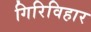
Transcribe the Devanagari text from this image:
गिरिविहार